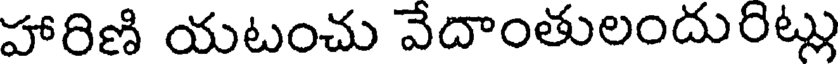
హారిణి యటంచు వేదాంతులందురిట్లు